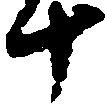
十